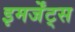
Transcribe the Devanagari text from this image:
इमर्जेंट्स